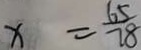
x = \frac { 6 5 } { 7 8 }